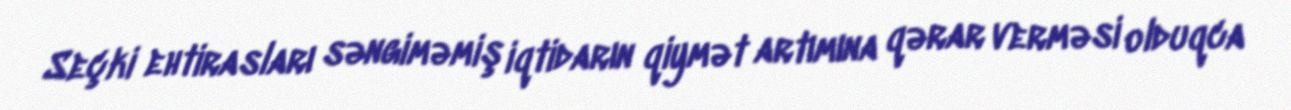
Seçki ehtirasları səngiməmiş iqtidarın qiymət artımına qərar verməsi olduqca